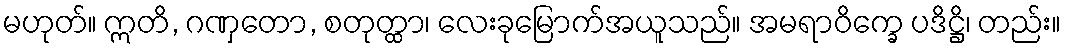
မဟုတ်။ ဣတိ, ဂဏှတော, စတုတ္ထာ၊ လေးခုမြောက်အယူသည်။ အမရာဝိက္ခေ ပဒိဋ္ဌိ၊ တည်း။